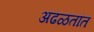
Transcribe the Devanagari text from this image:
अढळतांत